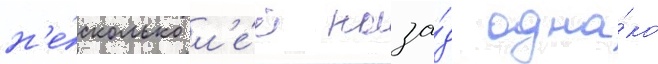
н'е́сколько л'е́т наза́д одна́ко